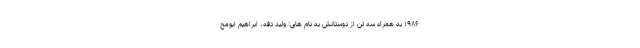
۱۹۸۶ به همراه سه تن از دوستانش به نام های: ولید دقه، ابراهیم ابومخ